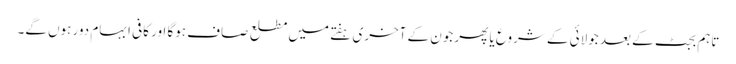
تاہم بجٹ کے بعد جولائی کے شروع یا پھر جون کے آخری ہفتے میں مطلع صاف ہوگا اور کافی ابہام دور ہوں گے۔